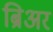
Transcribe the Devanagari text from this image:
ब्रिअर